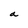
Character: a